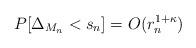
LaTeX: \begin{align*} P[\Delta_{M_n}<s_n]=O(r_n^{1+\kappa}) \end{align*}